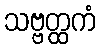
သဗ္ဗတ္ထကံ